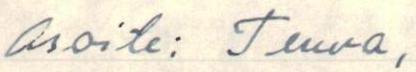
Osoite: Teuva,